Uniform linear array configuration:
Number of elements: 4
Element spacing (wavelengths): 0.5
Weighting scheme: blackman
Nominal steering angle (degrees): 30
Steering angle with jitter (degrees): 30.534
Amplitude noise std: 0.05
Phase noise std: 0.05

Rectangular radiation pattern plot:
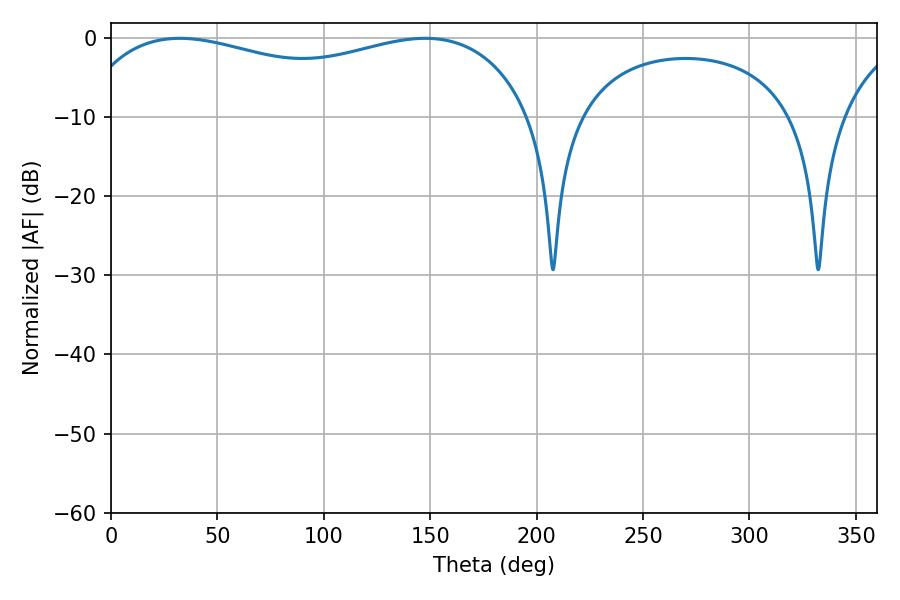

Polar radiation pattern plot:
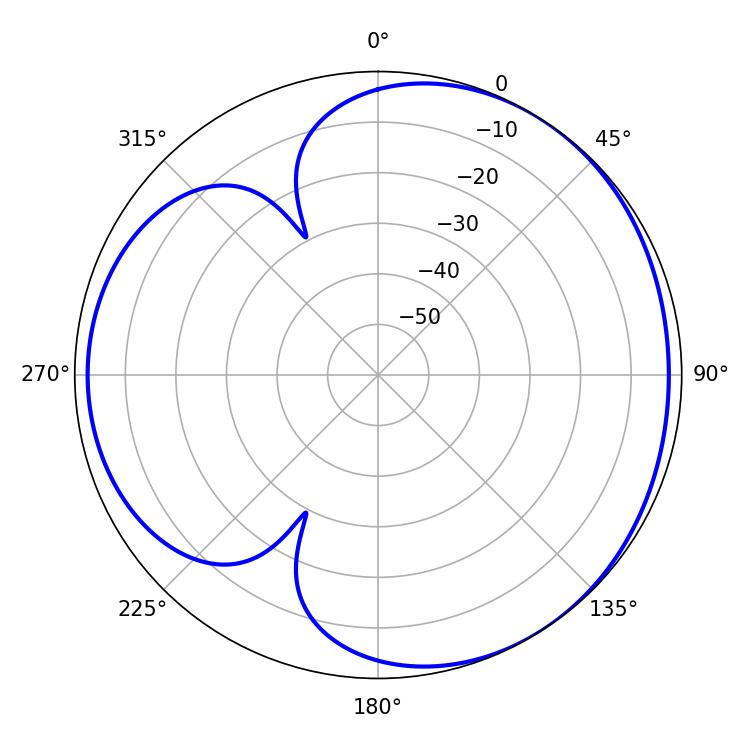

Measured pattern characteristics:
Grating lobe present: FALSE
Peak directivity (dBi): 3.528
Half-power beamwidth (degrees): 175.68
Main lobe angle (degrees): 32.4